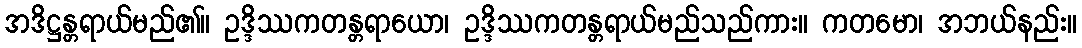
အဒိဋ္ဌန္တရာယ်မည်၏။ ဥဒ္ဒိဿကတန္တရာယော၊ ဥဒ္ဒိဿကတန္တရာယ်မည်သည်ကား။ ကတမော၊ အဘယ်နည်း။